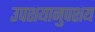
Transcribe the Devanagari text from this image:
उपशयानुपशय